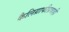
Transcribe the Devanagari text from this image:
कैलिग्राफीप्रवाही